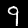
Digit: 9